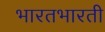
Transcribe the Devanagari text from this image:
भारतभारती